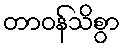
တာဝန်သိစွာ